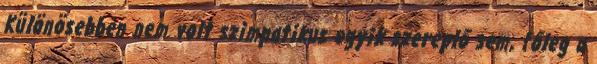
Különösebben nem volt szimpatikus egyik szereplő sem, főleg a